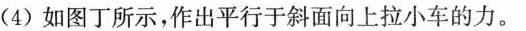
(4)如图丁所示，作出平行于斜面向上拉小车的力。